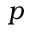
p